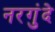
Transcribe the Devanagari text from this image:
नरगुंदे